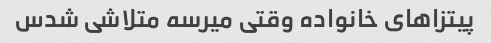
پیتزاهای خانواده وقتی میرسه متلاشی شدس